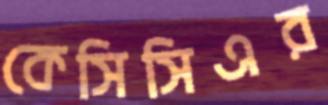
কেসিসিএর